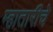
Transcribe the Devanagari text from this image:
म्हातारीचे